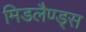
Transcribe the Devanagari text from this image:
मिडलैण्ड्स